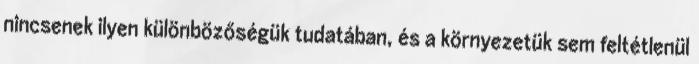
nincsenek ilyen különbözőségük tudatában, és a környezetük sem feltétlenül